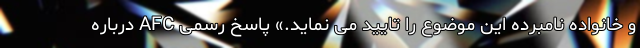
و خانواده نامبرده این موضوع را تایید می نماید.» پاسخ رسمی AFC درباره